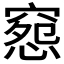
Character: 𥧉